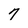
Character: 7